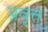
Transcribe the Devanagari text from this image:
प्रवृत्त्